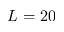
L = 2 0